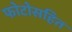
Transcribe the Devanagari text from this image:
फोटोसहित